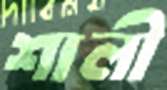
শালী